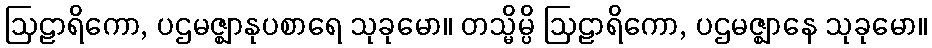
ဩဠာရိကော, ပဌမဇ္ဈာနုပစာရေ သုခုမော။ တသ္မိမ္ပိ ဩဠာရိကော, ပဌမဇ္ဈာနေ သုခုမော။